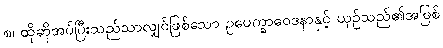
စ၊ ထိုဆိုအပ်ပြီးသည်သာလျှင်ဖြစ်သော ဥပေက္ခာဝေဒနာနှင့် ယှဉ်သည်၏အဖြစ်